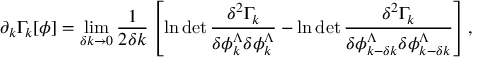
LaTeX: \partial _ { k } \Gamma _ { k } [ \phi ] = \operatorname * { l i m } _ { \delta k \to 0 } \frac { 1 } { 2 \delta k } \left[ \ln \operatorname * { d e t } \frac { \delta ^ { 2 } \Gamma _ { k } } { \delta \phi _ { k } ^ { \Lambda } \delta \phi _ { k } ^ { \Lambda } } - \ln \operatorname * { d e t } \frac { \delta ^ { 2 } \Gamma _ { k } } { \delta \phi _ { k - \delta k } ^ { \Lambda } \delta \phi _ { k - \delta k } ^ { \Lambda } } \right] ,